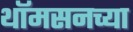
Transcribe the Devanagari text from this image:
थॉमसनच्या